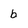
Character: b